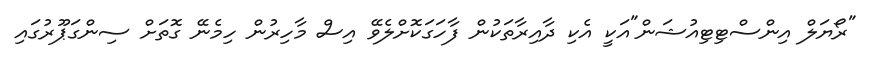
"ރޯޔަލް އިންސްޓިޓިއުޝަން"އަކީ އެކި ދާއިރާތަކުން ފާހަގަކޮށްލެވޭ އިސް މާހިރުން ހިމެނޭ ގޮތަށް ސިންގަޕޫރުގައި